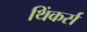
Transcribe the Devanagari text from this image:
थिंकर्स